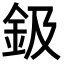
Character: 鈒